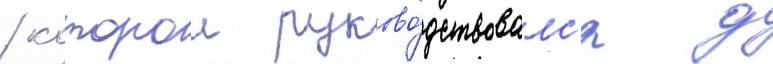
/ которои руково́дствовалс'я д